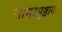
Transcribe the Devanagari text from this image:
सागरपृष्ठावर